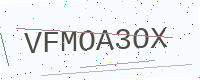
Text: VFMOA3OX